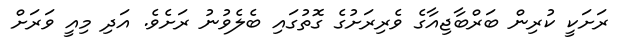
ރަށަކީ ކުރިން ބަރްބާޖިއާގެ ވެރިރަށުގެ ގޮތުގައި ބެލެވުނު ރަށެވެ. އަދި މިއީ ވަރަށް